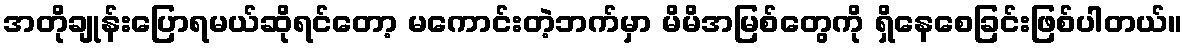
အတိုချုန်းပြောရမယ်ဆိုရင်တော့ မကောင်းတဲ့ဘက်မှာ မိမိအမြစ်တွေကို ရှိနေစေခြင်းဖြစ်ပါတယ်။